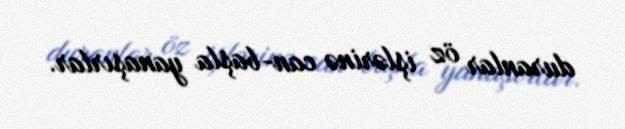
duranlar öz işlərinə can-başla yanaşırlar.